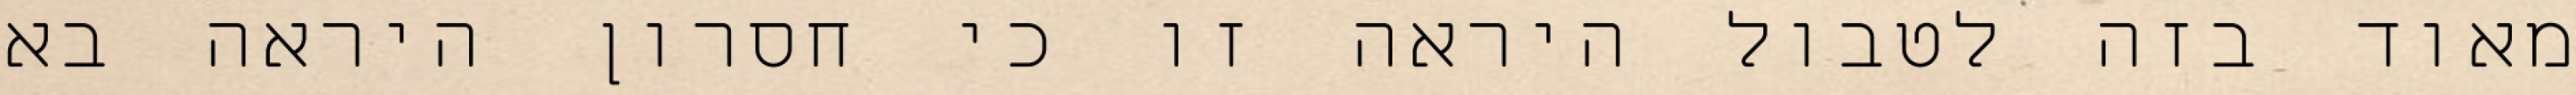
מאוד בזה לטבול היראה זו כי חסרון היראה בא